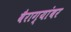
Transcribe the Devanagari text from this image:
वैराग्यांबर